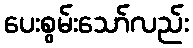
ပေးစွမ်းသော်လည်း